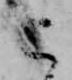
こ